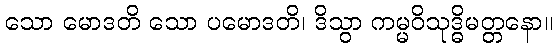
သော မောဒတိ သော ပမောဒတိ၊ ဒိသွာ ကမ္မဝိသုဒ္ဓိမတ္တနော။